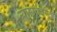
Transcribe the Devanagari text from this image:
न्यासमंजिरीत